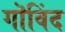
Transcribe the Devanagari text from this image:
गॊविंद